Vaccination in the Punjab 1883-1896 - 1883-1896
Year: 1883
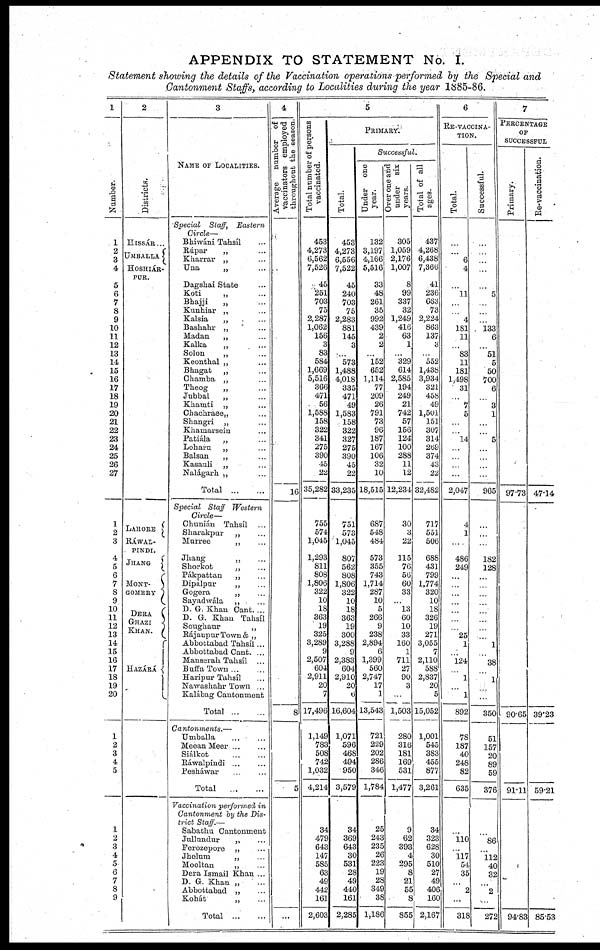
APPENDIX TO STATEMENT No. I.
Statement showing the details of the Vaccination operations performed by the Special and
Cantonment Staffs, according to Localities during the year 1885-86.
1
Number.
1
2
3
4
5
6
7
8
9
10
11
12
13
14
15
16
17
18
19
20
21
22
23
24
25
26
27
1
2
3
4
5
6
7
8
9
10
11
12
13
14
15
16
17
18
19
20
1
2
3
4
5
1
2
3
4
5
6
7
8
9
2
Districts
HISSÁR...
UMBALLA
HOSHIÁR¬
PUR.
LAHORE
RÁWAL¬
PINDI.
JHANG
MONT¬
GOMERY
DERA
GHAZI
KHAN.
HAZÁRÁ
3
NAME OF LOCALITIES.
Special Staff, Eastern
Circle—
Bhiwáni Tahsíl ...
Rúpar
„ ...
Kharrar „ ...
Una
„ ...
Dagshai State ...
Koti
„ ...
Bhajji
„ ...
Kunhiar „ ...
Kalsia
„ ...
Bashahr „ ...
Madan
„ ...
Kalka
„ ...
Solon
„ ...
Keonthal „ ...
Bhagat
„ ...
Chamba „ ...
Theog
„ ...
Jubbal
„ ...
Khamti „ ...
Chachraee„ ...
Shangri „ ...
Khamarsein ...
Patiála
„ ...
Lohara
„ ...
Balsan
„ ...
Kasauli „ ...
Nalágarh „ ...
Total ... ...
Special Staff Western
Circle—
Chunián Tahsíl ...
Sharakpur
„ ...
Murree
„ ...
Jhang
„ ...
Shorkot
„ ...
Pákpattan
„ ...
Dipálpur
„ ...
Gogera
„ ...
Sayadwála „ ...
D. G. Khan Cant. ...
D. G. Khan Tahsíl
Soughaur
„
RájanpurTown& „
Abbottabad Tahsíl ...
Abbottabad Cant. ...
Mauserah Tahsíl ...
Buffa Town ... ...
Haripur Tahsíl ...
Nawashahr Town ...
Kalábag Cantonment
Total
...
...
Cantonments.—
Umballa
... ...
Meean Meer ... ...
Siálkot ... ...
Ráwalpindi ... ...
Pesháwar
...
...
Total
...
...
Vaccination performed in
Cantonment by the Dis-
trict Staff.—
Sabathu Cantonment
Jullundur
„ ...
Ferozepore „ ...
Jhelum
„
...
Mooltan
„ ...
Dera Ismail Khan ...
D. G. Khan „ ...
Abbottabad „ ...
Kohát
„ ...
Total ... ...
4
Average
number of
vaccinators employed
throughout the season.
16
8
5
...
5
Total number of persons
vaccinated.
453
4,273
6,562
7,526
45
251
703
75
2,287
1,062
156
3
83
584
1,669
5,516
366
471
56
1,588
158
322
341
275
390
45
22
35,282
755
574
1,045
1,293
811
808
1,806
322
10
18
363
19
325
3,289
9
2,507
604
2,911
20
7
17,496
1,149
783
508
742
1,032
4,214
34
479
643
147
585
63
49
442
161
2,603
PRIMARY.
Total.
453
4,273
6,556
7,522
45
240
703
75
2,283
881
145
3
...
573
1,488
4,018
335
471
49
1,583
158
322
327
275
390
45
22
33,235
751
573
1,045
807
562
808
1,806
322
10
18
363
19
300
3,288
9
2,383
604
2,910
20
6
16,604
1,071
596
468
494
950
3,579
34
369
643
30
531
28
49
440
161
2,285
Successful.
Under one
year.
132
3,197
4,166
5,516
33
48
261
35
992
439
2
2
...
152
652
1,114
77
209
26
791
73
96
187
167
106
32
10
18,515
687
548
484
573
355
743
1,714
287
10
5
266
9
238
2,894
6
1,399
560
2,747
17
1
13,543
721
229
202
286
346
1,784
25
243
235
26
223
19
28
349
38
1,186
Over one and
under six
years.
305
1,059
2,176
1,007
8
99
337
32
1,249
416
63
1
...
329
614
2,585
194
249
21
742
57
156
124
100
288
11
12
12,234
30
3
22
115
76
56
60
33
...
13
60
10
33
160
1
711
27
90
3
...
1,503
280
316
181
169
531
1,477
9
62
393
4
295
8
21
55
8
855
Total of all
ages.
437
4,268
6,438
7,366
41
236
663
73
2,224
863
137
3
...
552
1,438
3,934
321
458
49
1,501
151
307
314
269
374
43
22
32,482
717
551
506
688
431
799
1,774
320
10
18
326
19
271
3,055
7
2,110
588
2,837
20
5
15,052
1,001
545
383
455
877
3,261
34
323
628
30
510
27
49
406
160
2,167
6
RE-VACCINA¬
-----
Total.
...
...
6
4
...
11
...
...
4
181
11
...
83
11
181
1,498
31
...
7
5
...
...
14
...
...
...
...
2,047
4
1
...
486
249
...
...
...
...
...
...
...
25
1
...
124
...
1
...
1
892
78
187
40
248
82
635
110
...
117
54
35
...
2
...
316
Successful.
...
...
...
...
...
5
...
...
...
133
6
...
51
5
50
700
6
...
3
1
...
...
5
...
...
...
...
965
...
...
...
182
128
...
...
...
...
...
...
...
...
1
...
38
...
1
...
...
350
51
157
20
89
59
376
86
...
112
40
32
...
2
...
272
7
PERCENTAGE
OF
SUCCESSFUL
Primary.
97.73
90.65
91.11
94.83
Re-vaccination.
47.14
39.23
59.21
85.53